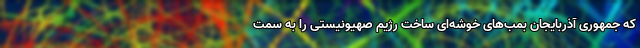
که جمهوری آذربایجان بمب‌های خوشه‌ای ساخت رژیم صهیونیستی را به سمت